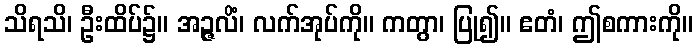
သိရသိ၊ ဦးထိပ်၌။ အဉ္ဇလိံ၊ လက်အုပ်ကို။ ကတွာ၊ ပြု၍။ ဧတံ၊ ဤစကားကို။